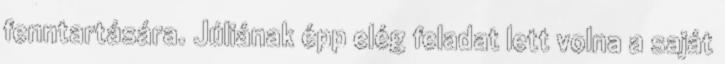
fenntartására. Júliának épp elég feladat lett volna a saját